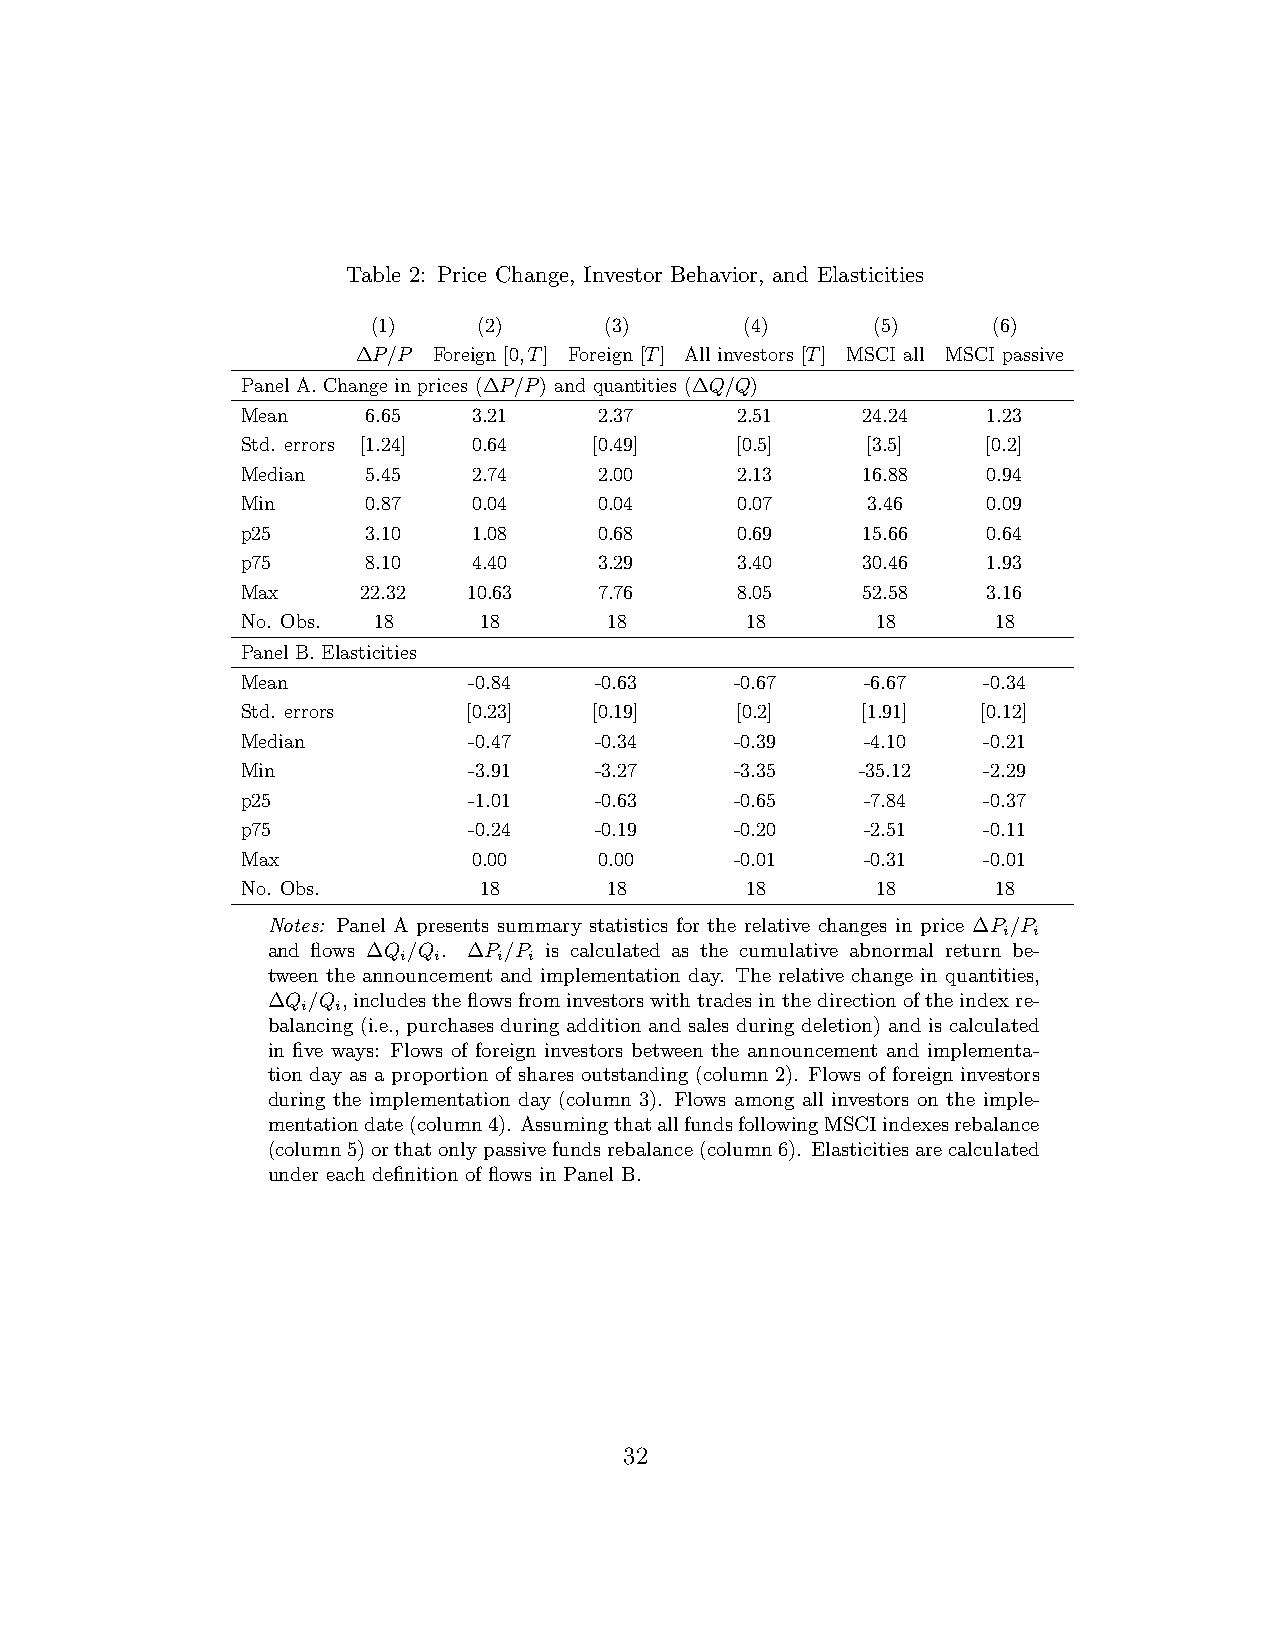
Table 2: Price Change, Investor Behavior, and Elasticities
 (1)    (2)     (3)      (4)      (5)     (6)
 ∆P/P Foreign [0,T] Foreign [T] All investors [T] MSCI all MSCI passive
 Panel A. Change in prices (∆P/P) and quantities (∆Q/Q)
 Mean    6.65   3.21     2.37     2.51    24.24   1.23
 Std. errors [1.24] 0.64 [0.49]   [0.5]   [3.5]   [0.2]
 Median  5.45   2.74     2.00     2.13    16.88   0.94
 Min     0.87   0.04     0.04     0.07    3.46    0.09
 p25     3.10   1.08     0.68     0.69    15.66   0.64
 p75     8.10   4.40     3.29     3.40    30.46   1.93
 Max     22.32  10.63    7.76     8.05    52.58   3.16
 No. Obs. 18     18      18       18       18      18
 Panel B. Elasticities
 Mean           -0.84   -0.63     -0.67   -6.67   -0.34
 Std. errors    [0.23]  [0.19]    [0.2]   [1.91]  [0.12]
 Median         -0.47   -0.34     -0.39   -4.10   -0.21
 Min            -3.91   -3.27     -3.35   -35.12  -2.29
 p25            -1.01   -0.63     -0.65   -7.84   -0.37
 p75            -0.24   -0.19     -0.20   -2.51   -0.11
 Max            0.00     0.00     -0.01   -0.31   -0.01
 No. Obs.        18      18       18       18      18
 Notes: Panel A presents summary statistics for the relative changes in price ∆P /P
 i i
 and flows ∆Q /Q . ∆P /P is calculated as the cumulative abnormal return be-
 i  i   i i
 tween the announcement and implementation day. The relative change in quantities,
 ∆Q /Q ,includestheflowsfrominvestorswithtradesinthedirectionoftheindexre-
 i i
 balancing (i.e., purchases during addition and sales during deletion) and is calculated
 in five ways: Flows of foreign investors between the announcement and implementa-
 tion day as a proportion of shares outstanding (column 2). Flows of foreign investors
 during the implementation day (column 3). Flows among all investors on the imple-
 mentationdate(column4). AssumingthatallfundsfollowingMSCIindexesrebalance
 (column5)orthatonlypassivefundsrebalance(column6). Elasticitiesarecalculated
 under each definition of flows in Panel B.
 32